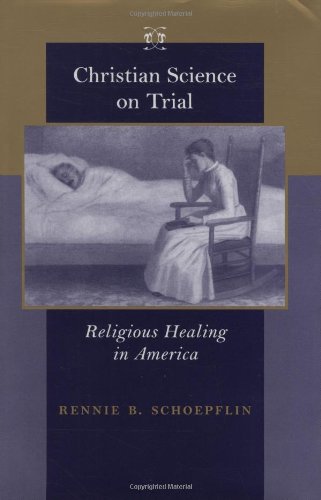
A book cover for Christian Science on Trial: Religious Healing in America (Medicine, Science, and Religion in Historical Context); Rennie B. Schoepflin; Christian Books & Bibles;